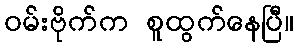
ဝမ်းဗိုက်က စူထွက်နေပြီ။